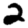
Digit: 2